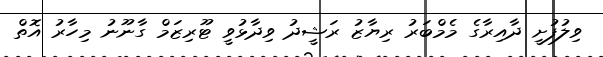
ވިލުފުށީ ދާއިރާގެ މެމްބަރު ރިޔާޒު ރަޝީދު ވިދާޅުވީ ޓޫރިޒަމް ގާނޫނު މިހާރު އޮތް